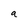
Character: a